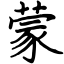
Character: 蒙